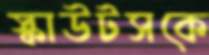
স্কাউটসকে